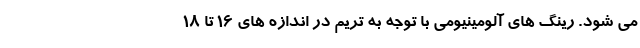
می شود. رینگ های آلومینیومی با توجه به تریم در اندازه های 16 تا 18